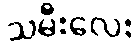
သမီးလေး